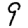
Digit: 9